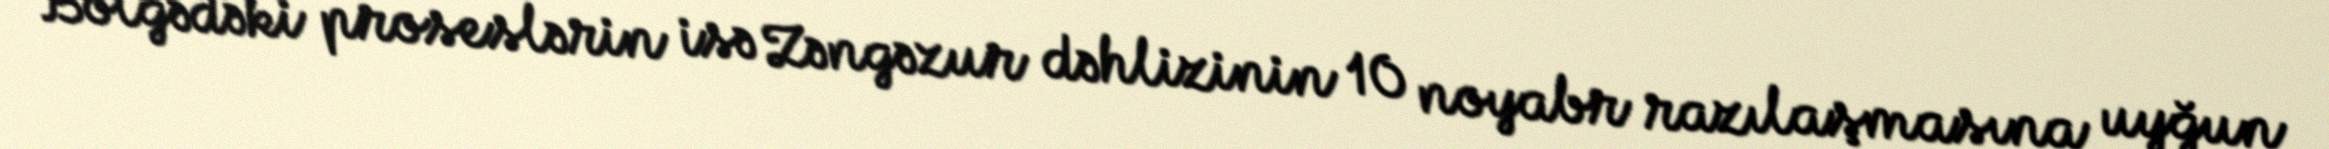
Bölgədəki proseslərin isə Zəngəzur dəhlizinin 10 noyabr razılaşmasına uyğun